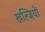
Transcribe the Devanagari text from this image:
खल्जियों